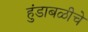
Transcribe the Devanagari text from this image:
हुंडाबळीचे